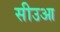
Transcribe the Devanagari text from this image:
सीउआ